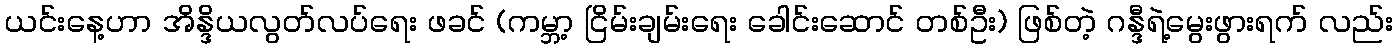
ယင်းနေ့ဟာ အိန္ဒိယလွတ်လပ်ရေး ဖခင် (ကမ္ဘာ့ ငြိမ်းချမ်းရေး ခေါင်းဆောင် တစ်ဦး) ဖြစ်တဲ့ ဂန္ဒီရဲ့မွေးဖွားရက် လည်း